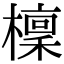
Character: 檁